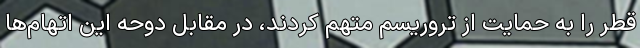
قطر را به حمایت از تروریسم متهم کردند، در مقابل دوحه این اتهام‌ها